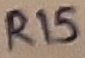
Text: R15